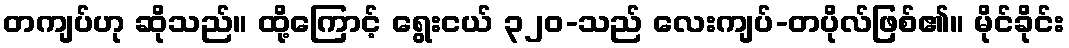
တကျပ်ဟု ဆိုသည်။ ထို့ကြောင့် ရွေးငယ် ၃၂၀-သည် လေးကျပ်-တပိုလ်ဖြစ်၏။ မိုင်ခိုင်း